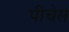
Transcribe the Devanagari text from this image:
पीचेस